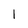
Character: I